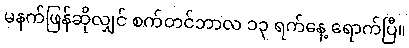
မနက်ဖြန်ဆိုလျှင် စက်တင်ဘာလ ၁၃ ရက်နေ့ ရောက်ပြီ။